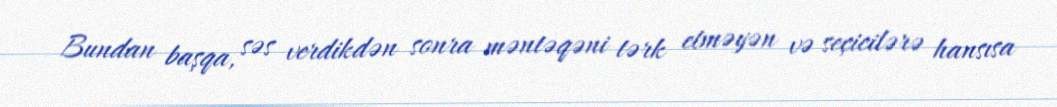
Bundan başqa, səs verdikdən sonra məntəqəni tərk etməyən və seçicilərə hansısa